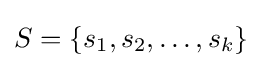
S=\left\{s_{1},s_{2},\ldots ,s_{k}\right\}